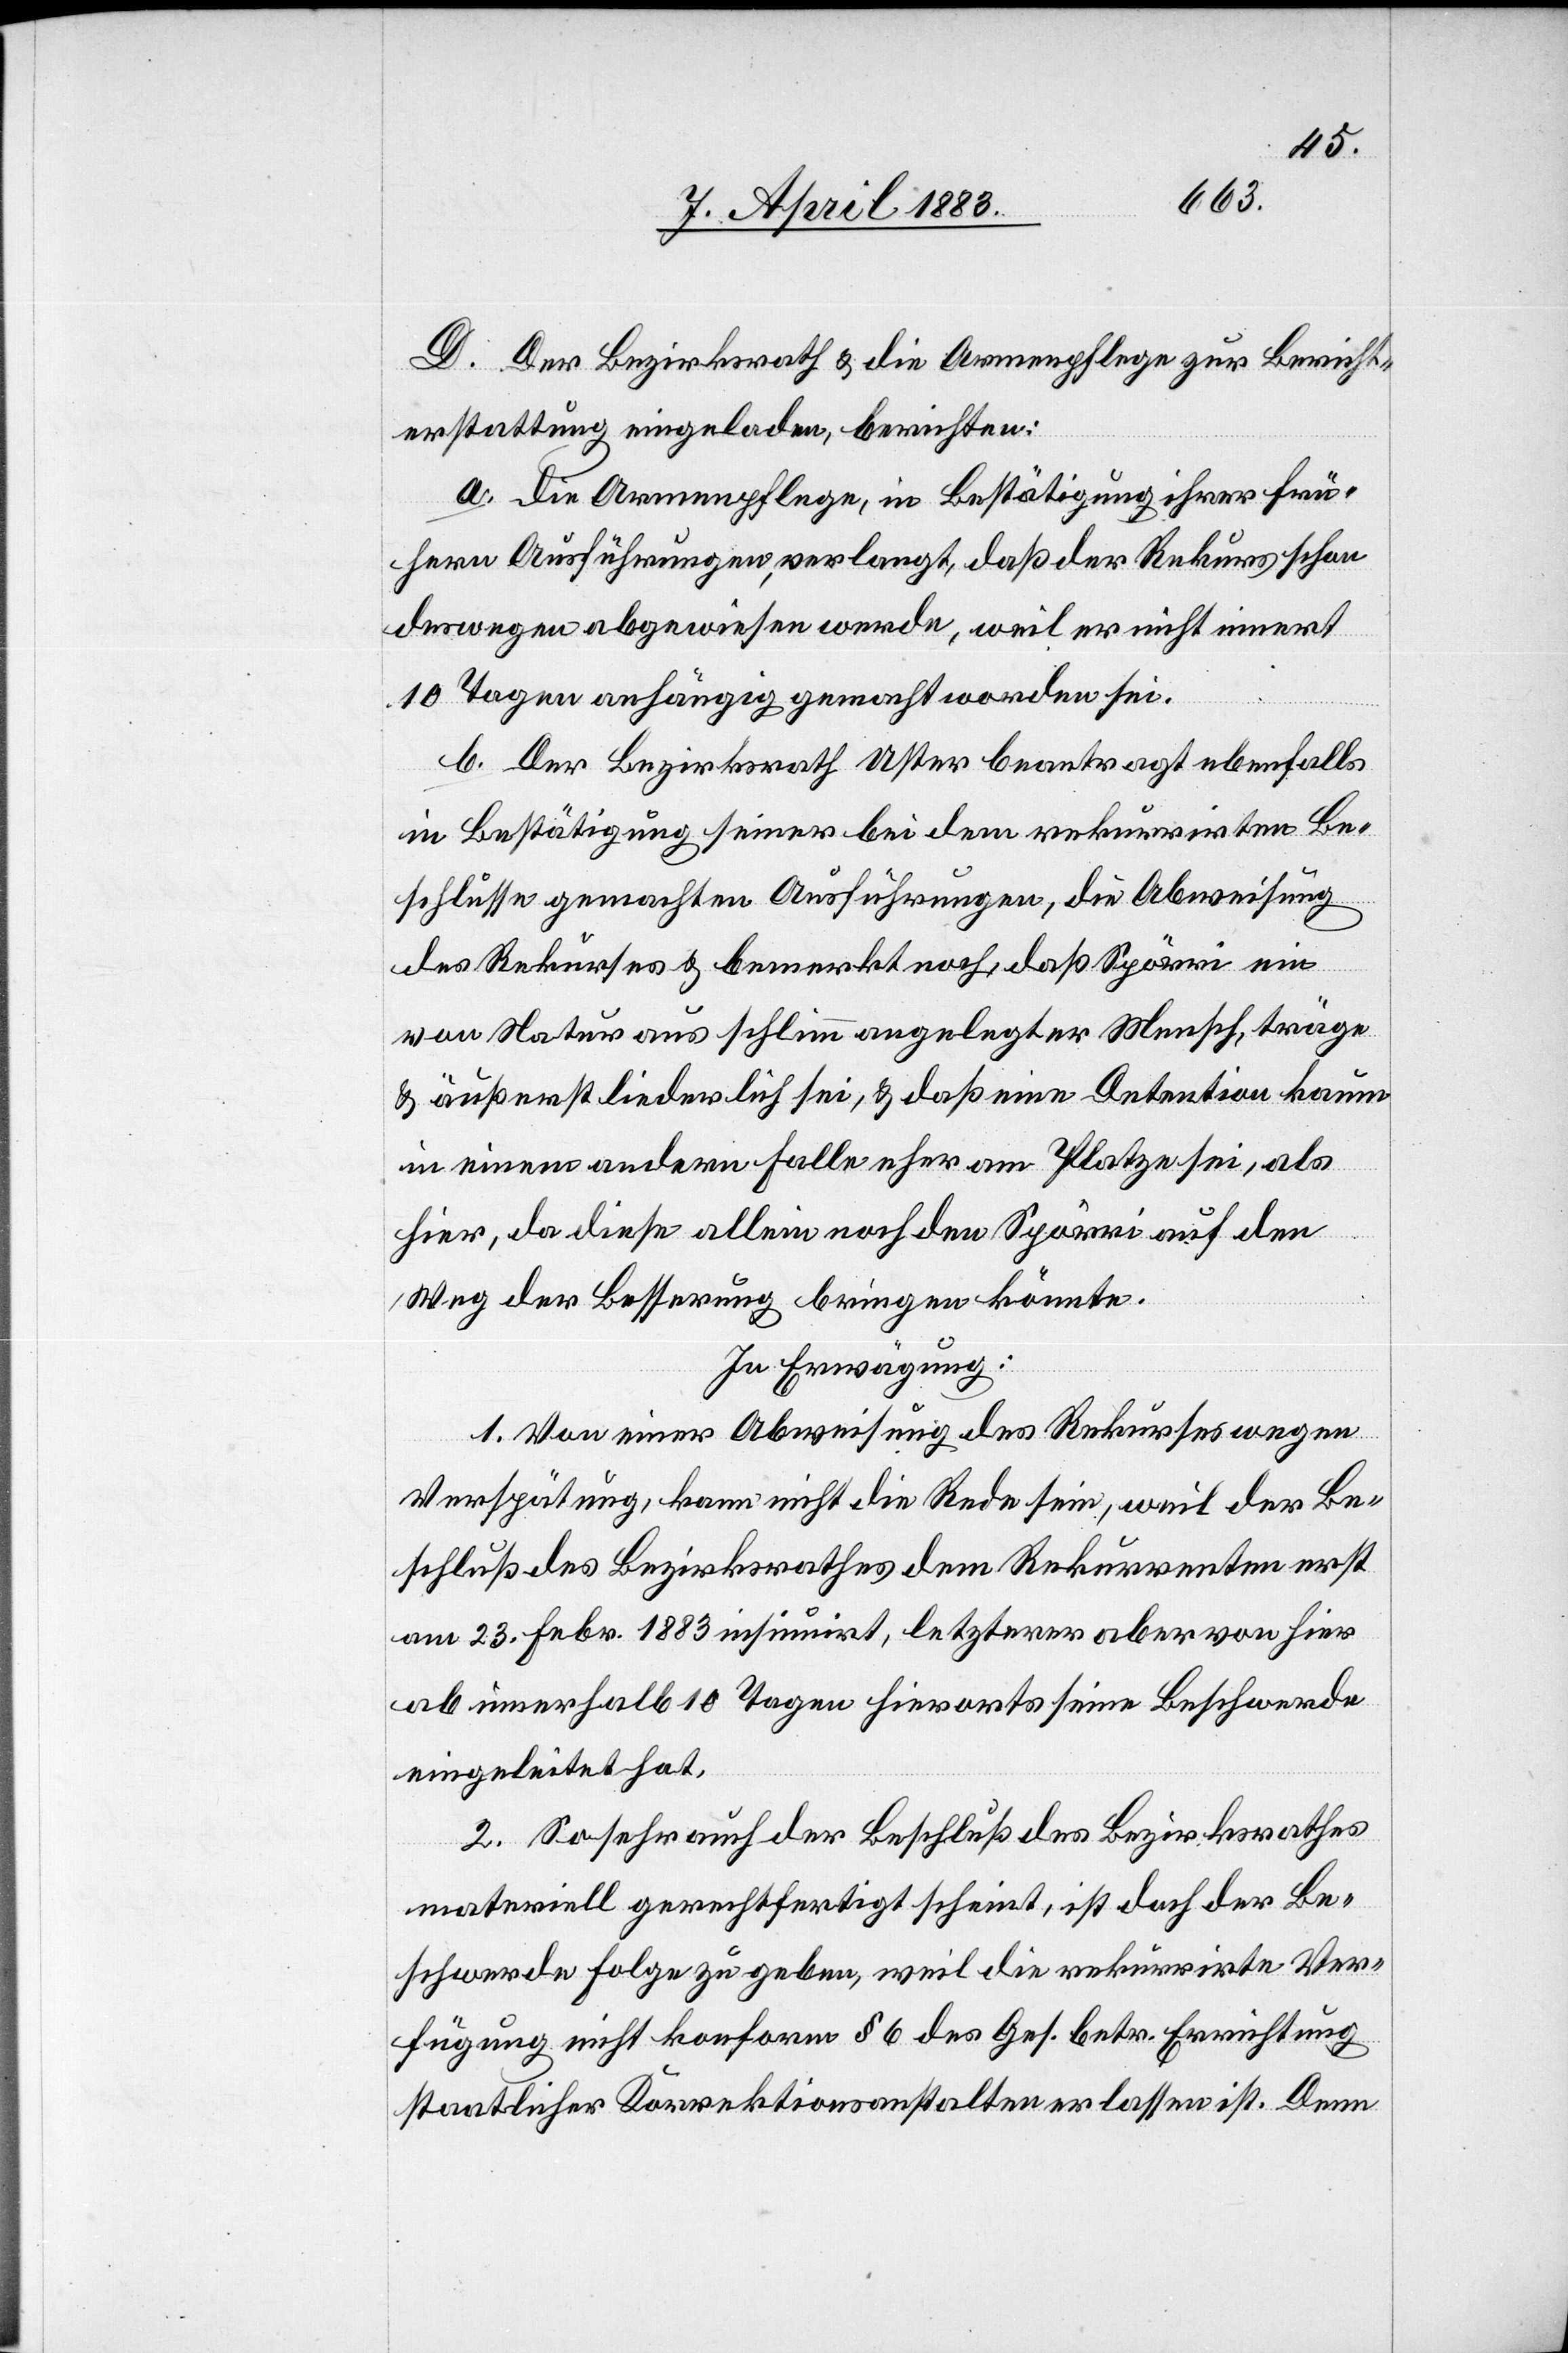
D. Der Bezirksrath & die Armenpflege zur Bericht¬
erstattung eingeladen, berichten:
a. die Armenpflege, in Bestätigung ihrer frü¬
hern Ausführungen, verlangt, daß der Rekurs schon
deswegen abgewiesen werde, weil er nicht innert
10 Tagen anhängig gemacht worden sei.
b. Der Bezirksrath Uster beantragt ebenfalls
in Bestätigung seiner bei dem rekurrirten Be¬
schlusse gemachten Ausführungen, die Abweisung
des Rekurses & bemerkt noch, daß Spörri ein
von Natur aus schlimm angelegter Mensch, träge
& äußerst liederlich sei, & daß eine Detention kaum
in einem andern Falle eher am Platze sei, als
hier, da diese allein noch den Spörri auf den
Weg der Besserung bringen könnte.
In Erwägung:
1. Von einer Abweisung des Rekurses wegen
Verspätung kann nicht die Rede sein, weil der Be¬
schluß des Bezirksrathes dem Rekurrenten erst
am 23. Febr. 1883 insinuirt, letzterer aber von hier
ab innerhalb 10 Tagen hierorts seine Beschwerde
eingeleitet hat.
2. Sosehr auch der Beschluß des Bezirksrathes
materiell gerechtfertigt scheint, ist doch der Be¬
schwerde Folge zu geben, weil die rekurrirte Ver¬
fügung nicht konform § 6 des Ges. betr. Errichtung
staatlicher Korrektionsanstalten erlassen ist. Denn